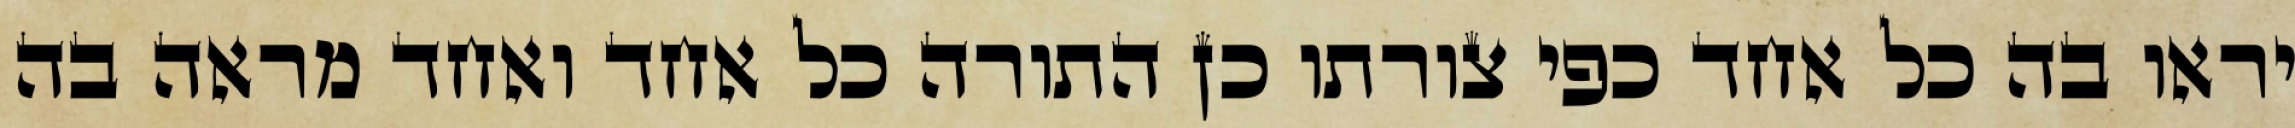
יראו בה כל אחד כפי צורתו כן התורה כל אחד ואחד מראה בה